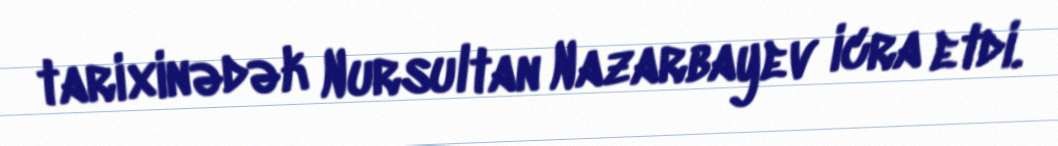
tarixinədək Nursultan Nazarbayev icra etdi.